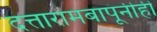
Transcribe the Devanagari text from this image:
दत्तारामबापूंनीही